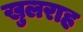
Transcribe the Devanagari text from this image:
खुलराह